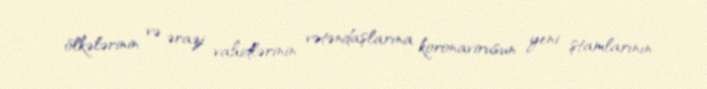
ölkələrinin və ərazi vahidlərinin vətəndaşlarına koronavirusun yeni ştamlarının